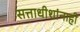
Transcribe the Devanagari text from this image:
सत्ताधीशांनाही